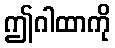
ဤဂါထာကို